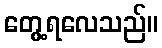
တွေ့ရလေသည်။